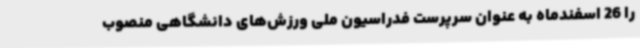
را 26 اسفندماه به عنوان سرپرست فدراسیون ملی ورزش‌های دانشگاهی منصوب